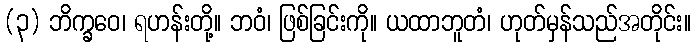
(၃) ဘိက္ခဝေ၊ ရဟန်းတို့။ ဘဝံ၊ ဖြစ်ခြင်းကို။ ယထာဘူတံ၊ ဟုတ်မှန်သည်အတိုင်း။